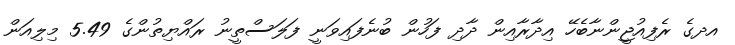
އދގެ ރެފިއުޖީންނާބެހޭ އިދާރާއިން ދާދި ފަހުން ބުނެފައިވަނީ ފަލަސްތީނު ރައްޔިތުންގެ 5.49 މިލިއަން